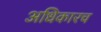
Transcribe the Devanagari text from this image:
अधिकारच